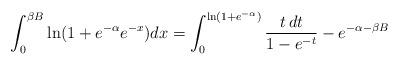
LaTeX: \begin{align*}\int_{0}^{\beta B} \ln(1+ e^{-\alpha} e^{-x} ) dx = \int_0^{\ln (1+ e^{-\alpha})} \frac{t\, dt}{1-e^{-t}} - e^{-\alpha - \beta B}\end{align*}